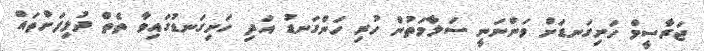
ޖަރާސީމް ހަށިގަނޑަށް ވަންނަނީ ސަލާމަތުން ހުރި ހަންގަނޑު އަދި ހަށިގަނޑުގައިވާ ތެތް ދުލިފަށްތައް